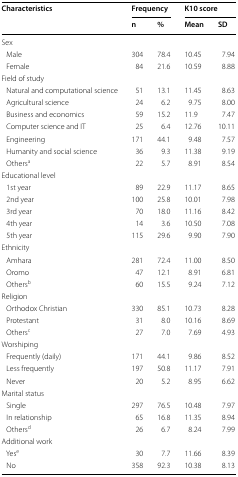
| <ROWSPAN=2> Characteristics | <COLSPAN=2> Frequency | <COLSPAN=2> K10 score |
 | n | % | Mean | SD |
 | --- | --- | --- | --- | --- |
 | <COLSPAN=5> Sex |
 | Male | 304 | 78.4 | 10.45 | 7.94 |
 | Female | 84 | 21.6 | 10.59 | 8.88 |
 | <COLSPAN=5> Field of study |
 | Natural and computational science | 51 | 13.1 | 11.45 | 8.63 |
 | Agricultural science | 24 | 6.2 | 9.75 | 8.00 |
 | Business and economics | 59 | 15.2 | 11.9 | 7.47 |
 | Computer science and IT | 25 | 6.4 | 12.76 | 10.11 |
 | Engineering | 171 | 44.1 | 9.48 | 7.57 |
 | Humanity and social science | 36 | 9.3 | 11.38 | 9.19 |
 | Othersa | 22 | 5.7 | 8.91 | 8.54 |
 | <COLSPAN=5> Educational level |
 | 1st year | 89 | 22.9 | 11.17 | 8.65 |
 | 2nd year | 100 | 25.8 | 10.01 | 7.98 |
 | 3rd year | 70 | 18.0 | 11.16 | 8.42 |
 | 4th year | 14 | 3.6 | 10.50 | 7.08 |
 | 5th year | 115 | 29.6 | 9.90 | 7.90 |
 | <COLSPAN=5> Ethnicity |
 | Amhara | 281 | 72.4 | 11.00 | 8.50 |
 | Oromo | 47 | 12.1 | 8.91 | 6.81 |
 | Othersb | 60 | 15.5 | 9.24 | 7.12 |
 | <COLSPAN=5> Religion |
 | Orthodox Christian | 330 | 85.1 | 10.73 | 8.28 |
 | Protestant | 31 | 8.0 | 10.16 | 8.69 |
 | Othersc | 27 | 7.0 | 7.69 | 4.93 |
 | <COLSPAN=5> Worshiping |
 | Frequently (daily) | 171 | 44.1 | 9.86 | 8.52 |
 | Less frequently | 197 | 50.8 | 11.17 | 7.91 |
 | Never | 20 | 5.2 | 8.95 | 6.62 |
 | <COLSPAN=5> Marital status |
 | Single | 297 | 76.5 | 10.48 | 7.97 |
 | In relationship | 65 | 16.8 | 11.35 | 8.94 |
 | Othersd | 26 | 6.7 | 8.24 | 7.99 |
 | <COLSPAN=5> Additional work |
 | Yese | 30 | 7.7 | 11.66 | 8.39 |
 | No | 358 | 92.3 | 10.38 | 8.13 |